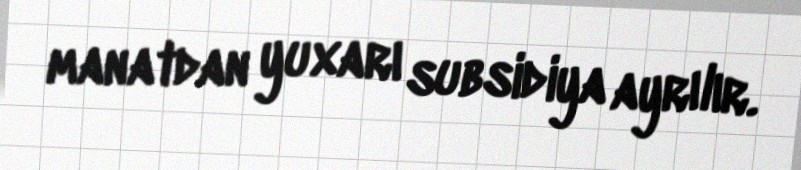
manatdan yuxarı subsidiya ayrılır.